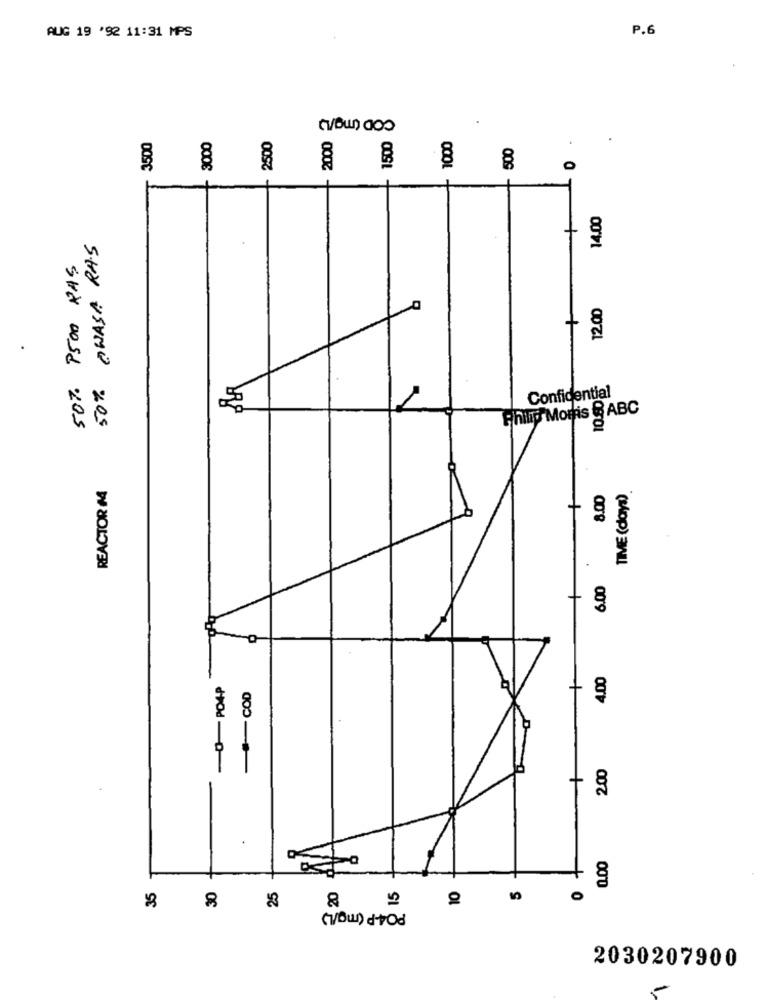
AUG 19 '92 11:31 MPS
P.6
COD (mg/L
3500
3000
2500
2000
1500
1000
.
8
O
14.00
50% AWASA RAS
50%. P500 RAS
12.00
Confidential
10.90
Philip Morris 8 ABC
REACTOR M
8.00
TIME (days).
+
6.00
-0
4.00
-0-PO4P
-COD
200
.
0.00
35
30
25
20
15
PO4-P (mg/L)
2030207900